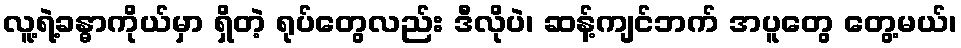
လူ့ရဲ့ခန္ဓာကိုယ်မှာ ရှိတဲ့ ရုပ်တွေလည်း ဒီလိုပဲ၊ ဆန့်ကျင်ဘက် အပူတွေ တွေ့မယ်၊